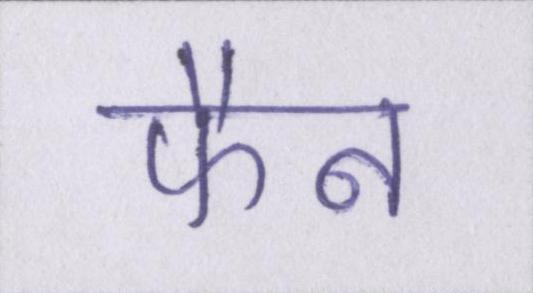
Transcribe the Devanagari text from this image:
फैन